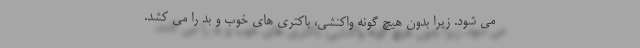
می شود. زیرا بدون هیچ گونه واکنشی، باکتری های خوب و بد را می کشد.